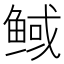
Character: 𮬟